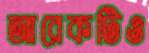
আরেকটিও